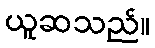
ယူဆသည်။